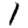
Digit: 1